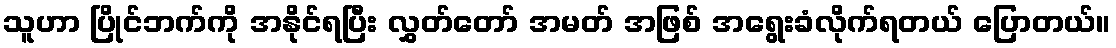
သူဟာ ပြိုင်ဘက်ကို အနိုင်ရပြီး လွှတ်တော် အမတ် အဖြစ် အရွေးခံလိုက်ရတယ် ပြောတယ်။